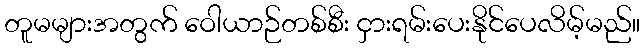
တူမများအတွက် ဝေါယာဉ်တစ်စီး ငှားရမ်းပေးနိုင်ပေလိမ့်မည်။